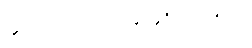
၄၀။ ၀၉-၁၂၃၄၅၆၇၈၉